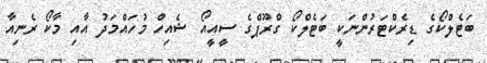
ބަޓެލްކޯގެ ޑިރެކްޓަރުންނަކީ ބަޓެލްކޯ ގްރޫޕްގެ ސީއީއޯ ޝެއިހް މުހައްމަދު އާއި މާކޯ ރެނިއާ